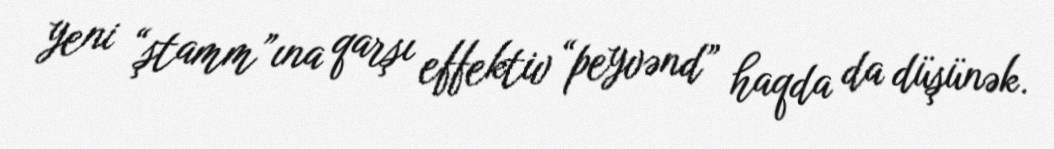
yeni “ştamm”ına qarşı effektiv “peyvənd” haqda da düşünək.